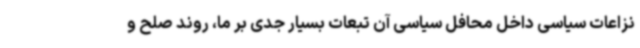
نزاعات سیاسی داخل محافل سیاسی آن تبعات بسیار جدی بر ما، روند صلح و